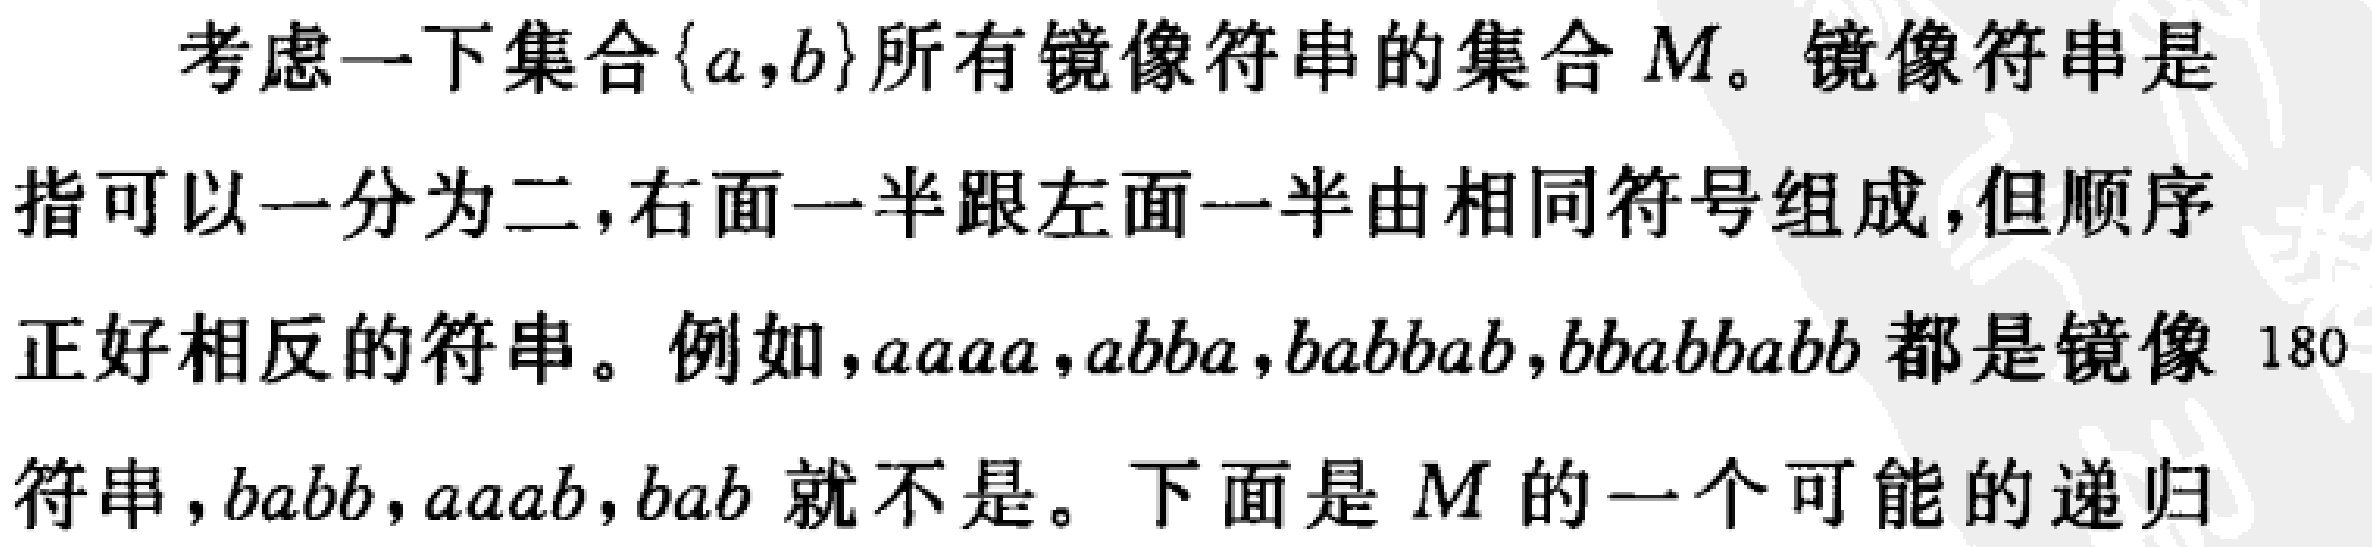
考虑一下集合\(\{a,b\}\)所有镜像符串的集合 \(M\)。镜像符串是指可以一分为二，右面一半跟左面一半由相同符号组成，但顺序正好相反的符串。例如，\(aaaa\)，\(abba\)，\(babbab\)，\(bbabbabb\) 都是镜像 180符串，\(babb\)，\(aaab\)，\(bab\) 就不是。下面是 \(M\) 的一个可能的递归